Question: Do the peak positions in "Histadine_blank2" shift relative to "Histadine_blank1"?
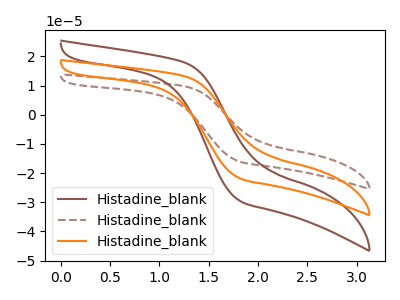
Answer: <think>The brown curve "Histadine_blank1" has no peaks. The brown dashed curve "Histadine_blank2" has no peaks. The orange curve "Histadine_blank3" has no peaks.
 Neither "Histadine_blank2" or "Histadine_blank1" have any peaks.</think>
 <answer>No, "Histadine_blank2" and "Histadine_blank1" don't appear to be significantly different in shape</answer>
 <eval>no_change</eval>